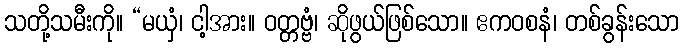
သတို့သမီးကို။ “မယှံ၊ ငါ့အား။ ဝတ္တဗ္ဗံ၊ ဆိုဖွယ်ဖြစ်သော။ ဧကဝစနံ၊ တစ်ခွန်းသော